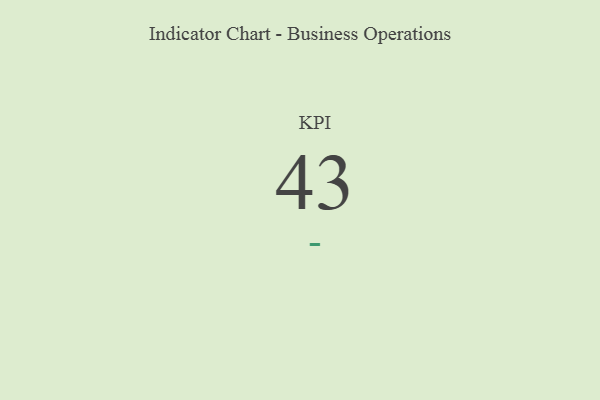
{"axis": {"x": "KPI", "y": "Value"}, "legend": [""], "data": [{"x": "KPI", "y": 43, "type": ""}]}